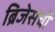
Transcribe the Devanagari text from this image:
ब्रिजेसची